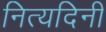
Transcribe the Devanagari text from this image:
नित्यदिनी